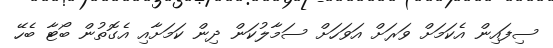
ސިފައިން އެކަމަށް ވަރަށް އަވަހަށް ސަމާލުކަން ދިން ކަމަށާއި އެގޮތުން ބޯޓާ ބެހޭ